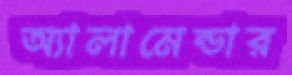
অ্যালামেন্ডার